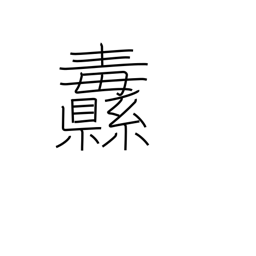
Meaning: banner